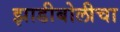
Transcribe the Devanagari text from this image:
झाडीबोलीचा